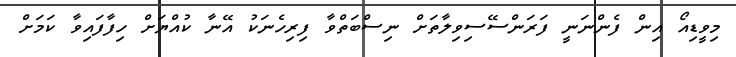
މިވީޑިއޯ އިން ފެންނަނީ ފަރަންސޭސިވިލާތަށް ނިސްބަތްވާ ފިރިހެނަކު އޭނާ ކުއްޔަށް ހިފާފައިވާ ކަމަށް